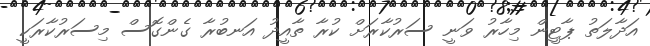
އަދާލަތު ޕާޓީން މިހާރު ވަނީ ސަރުކާރަށް ކުރާ ތާއީދު އަނބުރާ ގެންގޮސް މިސަރުކާރަކީ